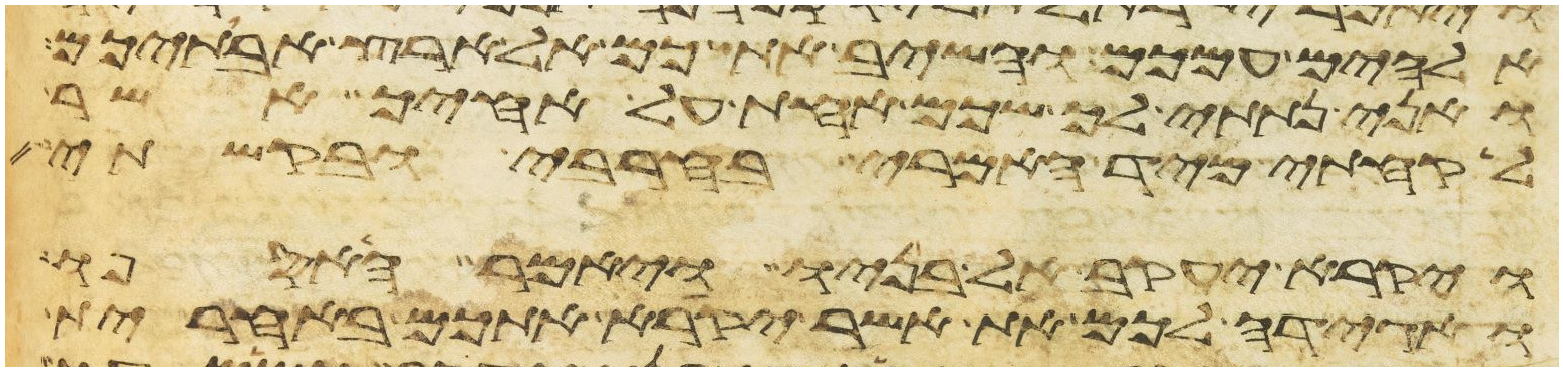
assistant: אלהים עמכם והשיב אתכם אל ארץ אבתיכם
ואני נתתי לך שכם אחת על אחיך אשר
לקחתי מיד האמרי בחרבי ובקשתי
ויקרא יעקב אל בניו ויאמר האספו
ואגידה לכם את אשר יקרא אתכם באחרית